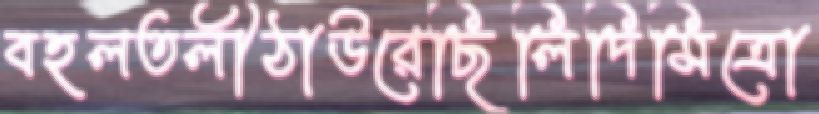
বহলতলীঠাউরেছিলিদিমিত্রো